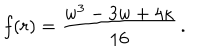
f ( r ) = \frac { w ^ { 3 } - 3 w + 4 \kappa } { 1 6 } \, .